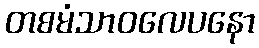
တစမံသာဝလေပနော